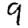
Digit: 9